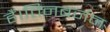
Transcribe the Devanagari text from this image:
हैं।तिनबर्जन